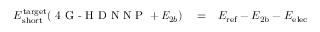
\begin{array} { r l r } { E _ { \mathrm { s h o r t } } ^ { \mathrm { t a r g e t } } ( { \textrm { 4 G - H D N N P } + \mathit { E } _ { 2 b } } ) } & { { } = } & { E _ { \mathrm { r e f } } - E _ { \mathrm { 2 b } } - E _ { \mathrm { e l e c } } } \end{array}